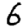
Digit: 6